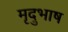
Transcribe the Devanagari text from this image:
मृदुभाष